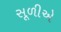
સૂળીએ